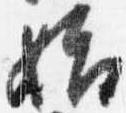
始